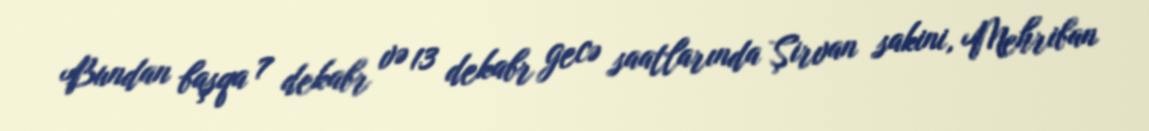
Bundan başqa 7 dekabr və 13 dekabr gecə saatlarında Şirvan sakini, Mehriban